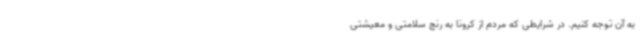
به آن توجه کنیم. در شرایطی که مردم از کرونا به رنج سلامتی و معیشتی